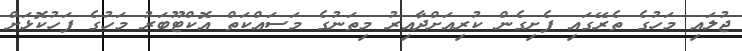
ޖުލައި މަހުގެ ތެރޭގައި ފެށިގެން ކުރިއަށްދާއިރު މިތަނުގެ މަސައްކަތް އޮކްޓޫބަރު މަހުގެ ފަހުކޮޅަށް